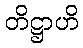
တိဋ္ဌာဟိ